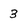
Character: 3